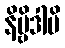
နိဗ္ဗိဒါပိ